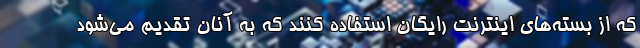
که از بسته‌های اینترنت رایگان استفاده کنند که به آنان تقدیم می‌شود